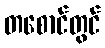
တစောင်တွင်